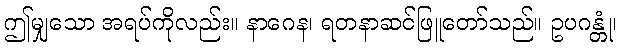
ဤမျှသော အရပ်ကိုလည်း။ နာဂေန၊ ရတနာဆင်ဖြူတော်သည်။ ဥပဂန္တုံ၊